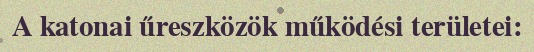
A katonai űreszközök működési területei: